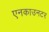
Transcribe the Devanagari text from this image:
एनकाउनटर